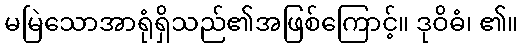
မမြဲသောအာရုံရှိသည်၏အဖြစ်ကြောင့်။ ဒုဝိဓံ၊ ၏။